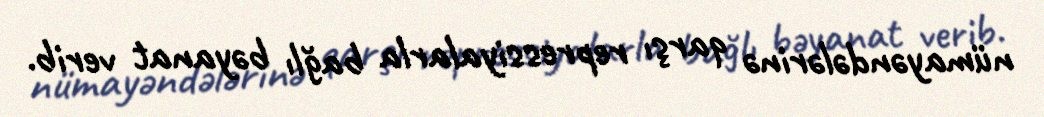
nümayəndələrinə qarşı repressiyalarla bağlı bəyanat verib.